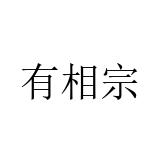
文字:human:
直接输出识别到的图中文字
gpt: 有相宗